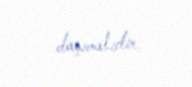
daşımalıdır.